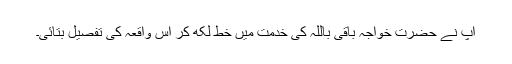
آپ نے حضرت خواجہ باقی باللہ کی خدمت میں خط لکھ کر اس واقعہ کی تفصیل بتائی۔